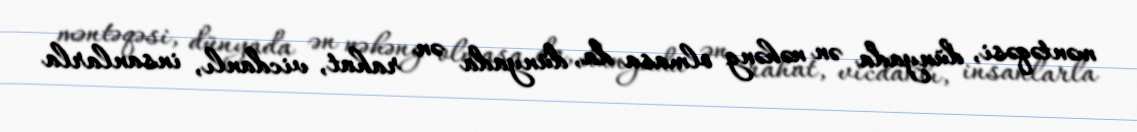
məntəqəsi, dünyada ən nəhəng olmasa da, dünyada ən rahat, vicdanlı, insanlarla